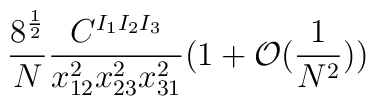
\frac{8^{\frac{1}{2}}}{N} \frac{C^{I_1 I_2 I_3}} {x_{12}^2 x_{23}^2 x_{31}^2} (1+\mathcal{O}(\frac{1}{N^2}))